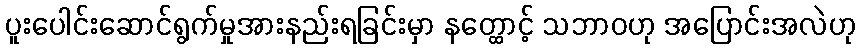
ပူးပေါင်းဆောင်ရွက်မှုအားနည်းရခြင်းမှာ နတ္ထောင့် သဘာဝဟု အပြောင်းအလဲဟု